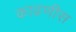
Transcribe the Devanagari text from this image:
काढणीस